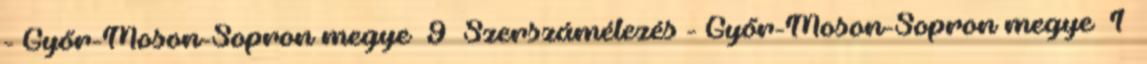
- Győr-Moson-Sopron megye 9 Szerszámélezés - Győr-Moson-Sopron megye 1